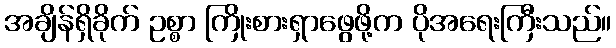
အချိန်ရှိခိုက် ဥစ္စာ ကြိုးစားရှာဖွေဖို့က ပိုအရေးကြီးသည်။